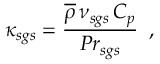
\kappa _ { s g s } = \frac { \overline { { \rho } } \, \nu _ { s g s } \, C _ { p } } { { P r } _ { s g s } } \, \mathrm { ~ , ~ }